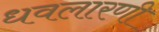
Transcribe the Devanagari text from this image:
धवलारणी